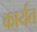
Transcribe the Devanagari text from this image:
कार्यत